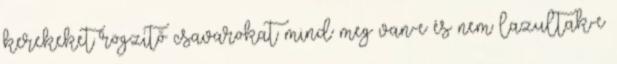
kerekeket rögzítő csavarokat mind meg van-e és nem lazultak-e